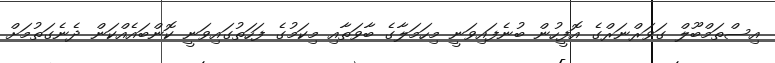
އިސްތަމްބޫލް ގަވަރްނަރްގެ އޮފީހުން ބުނެފައިވަނީ މިހަމަލާގެ ބާވަތާއި މިކަމުގެ ފަހަތުގައިވަނީ ކޮންބައެއްކަން ދެނެގަތުމަށް